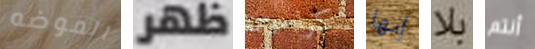
الموضه ظهر كراسوس إنها بلا أنتم